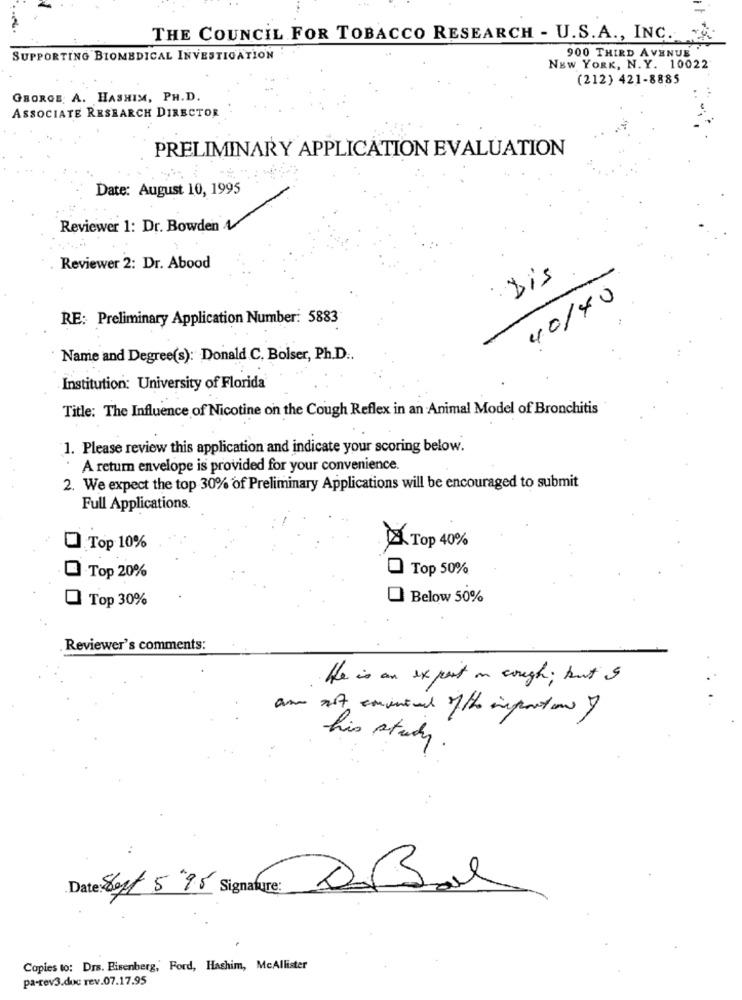
THE COUNCIL FOR TOBACCO RESEARCH - U.S.A ., INC.
900 THIRD AVENUE"
SUPPORTING BIOMEDICAL INVESTIGATION
NEW YORK, N. Y. 10022
(212) 421-8885
GEORGE: A. HASHIM, PH.D.
ASSOCIATE RESEARCH DIRECTOR
PRELIMINARY APPLICATION EVALUATION
Date: August 10, 1995
Reviewer 1: Dr. Bowden
Reviewer 2: Dr. Abood
Dis
40/40
RE: Preliminary Application Number: 5883
Name and Degree(s): Donald C. Bolser, Ph.D.
Institution: University of Florida
Title: The Influence of Nicotine on the Cough Reflex in an Animal Model of Bronchitis
1. Please review this application and indicate your scoring below.
. A return envelope is provided for your convenience.
2. We expect the top 30% of Preliminary Applications will be encouraged to submit
Full Applications.
UTop 10%
Top 40%
Top 50%
Top 20%
0 Top 30%
Below 50%
Reviewer's comments:
He is an expert on cough; but I
am not comneed of the importan >
his study.
Date: Sept 5'95 Signature:
Copies to: Drs. Eisenberg,' Ford, Hashim, McAllister
pa-rev3.doc rev.07.17.95